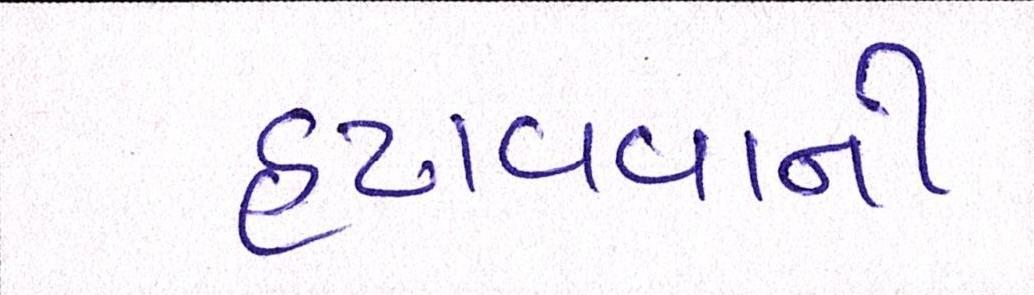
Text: હટાવવાની